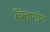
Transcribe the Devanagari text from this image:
चित्तागाँग